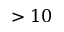
> 1 0